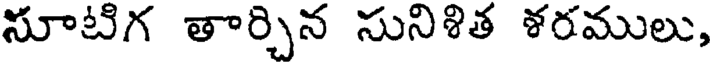
సూటిగ తార్చిన సునిశిత శరములు,